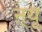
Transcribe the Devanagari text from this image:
ऩ्यू